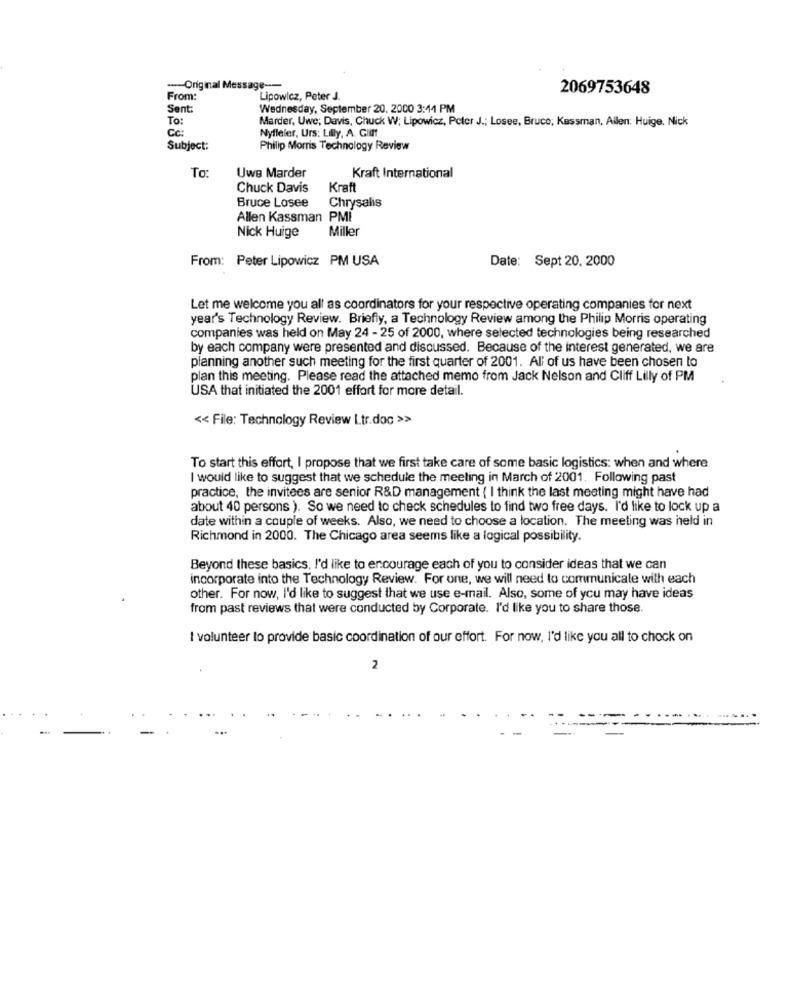
--- Original Message ---
2069753648
From:
Lipowicz, Peter J.
Sent:
Wednesday, September 20, 2000 3:44 PM
To:
Marder, Uwe; Davis, Chuck W; Lipowicz, Peter J .; Losee, Bruce; Kassman. Allen: Huige. Nick
Cc:
Nyfleler, Urs: Lilly, A. Gli !!
Subject:
Philip Morris Technology Review
To:
Uwe Marder
Kraft International
Chuck Davis
Kraft
Bruce Losee
Chrysalis
Allen Kassman PMI
Nick Huige
Miller
From: Peter Lipowicz PM USA
Date: Sept 20, 2000
Let me welcome you all as coordinators for your respective operating companies for next
year's Technology Review. Briefly, a Technology Review among the Philip Morris operating
companies was held on May 24 - 25 of 2000, where selected technologies being researched
by each company were presented and discussed. Because of the interest generated, we are
planning another such meeting for the first quarter of 2001. All of us have been chosen to
plan this meeting. Please read the attached memo from Jack Nelson and Cliff Lilly of PM
USA that initiated the 2001 effort for more detail.
<< File: Technology Review Ltr.doc >>
To start this effort, I propose that we first take care of some basic logistics: when and where.
I would like to suggest that we schedule the meeting in March of 2001. Following past
practice, the invitees are senior R&D management ( I think the last meeting might have had
about 40 persons ). So we need to check schedules to find two free days. I'd like to lock up a
date within a couple of weeks. Also, we need to choose a location. The meeting was held in
Richmond in 2000. The Chicago area seems like a logical possibility.
Beyond these basics, I'd like to encourage each of you to consider ideas that we can
incorporate into the Technology Review. For one, we will need to communicate with each
other. For now, I'd like to suggest that we use e-mail. Also, some of you may have ideas
from past reviews that were conducted by Corporate. I'd like you to share those
I volunteer to provide basic coordination of our effort. For now, I'd like you all to chock on
2